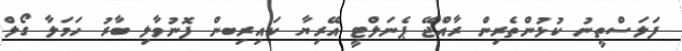
ފަލަސްތީނު ކުޅުންތެރިން ރާއްޖޭ ޕެނަލްޓީ އޭރިޔާ ކައިރިބން ފޮނުވާލި ބާރު ހަމަލާ ގޯލް